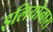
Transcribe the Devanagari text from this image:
इलियोनारा